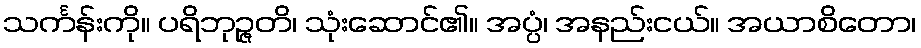
သင်္ကန်းကို။ ပရိဘုဉ္ဇတိ၊ သုံးဆောင်၏။ အပ္ပံ၊ အနည်းငယ်။ အယာစိတော၊